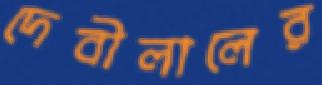
দেবীলালের